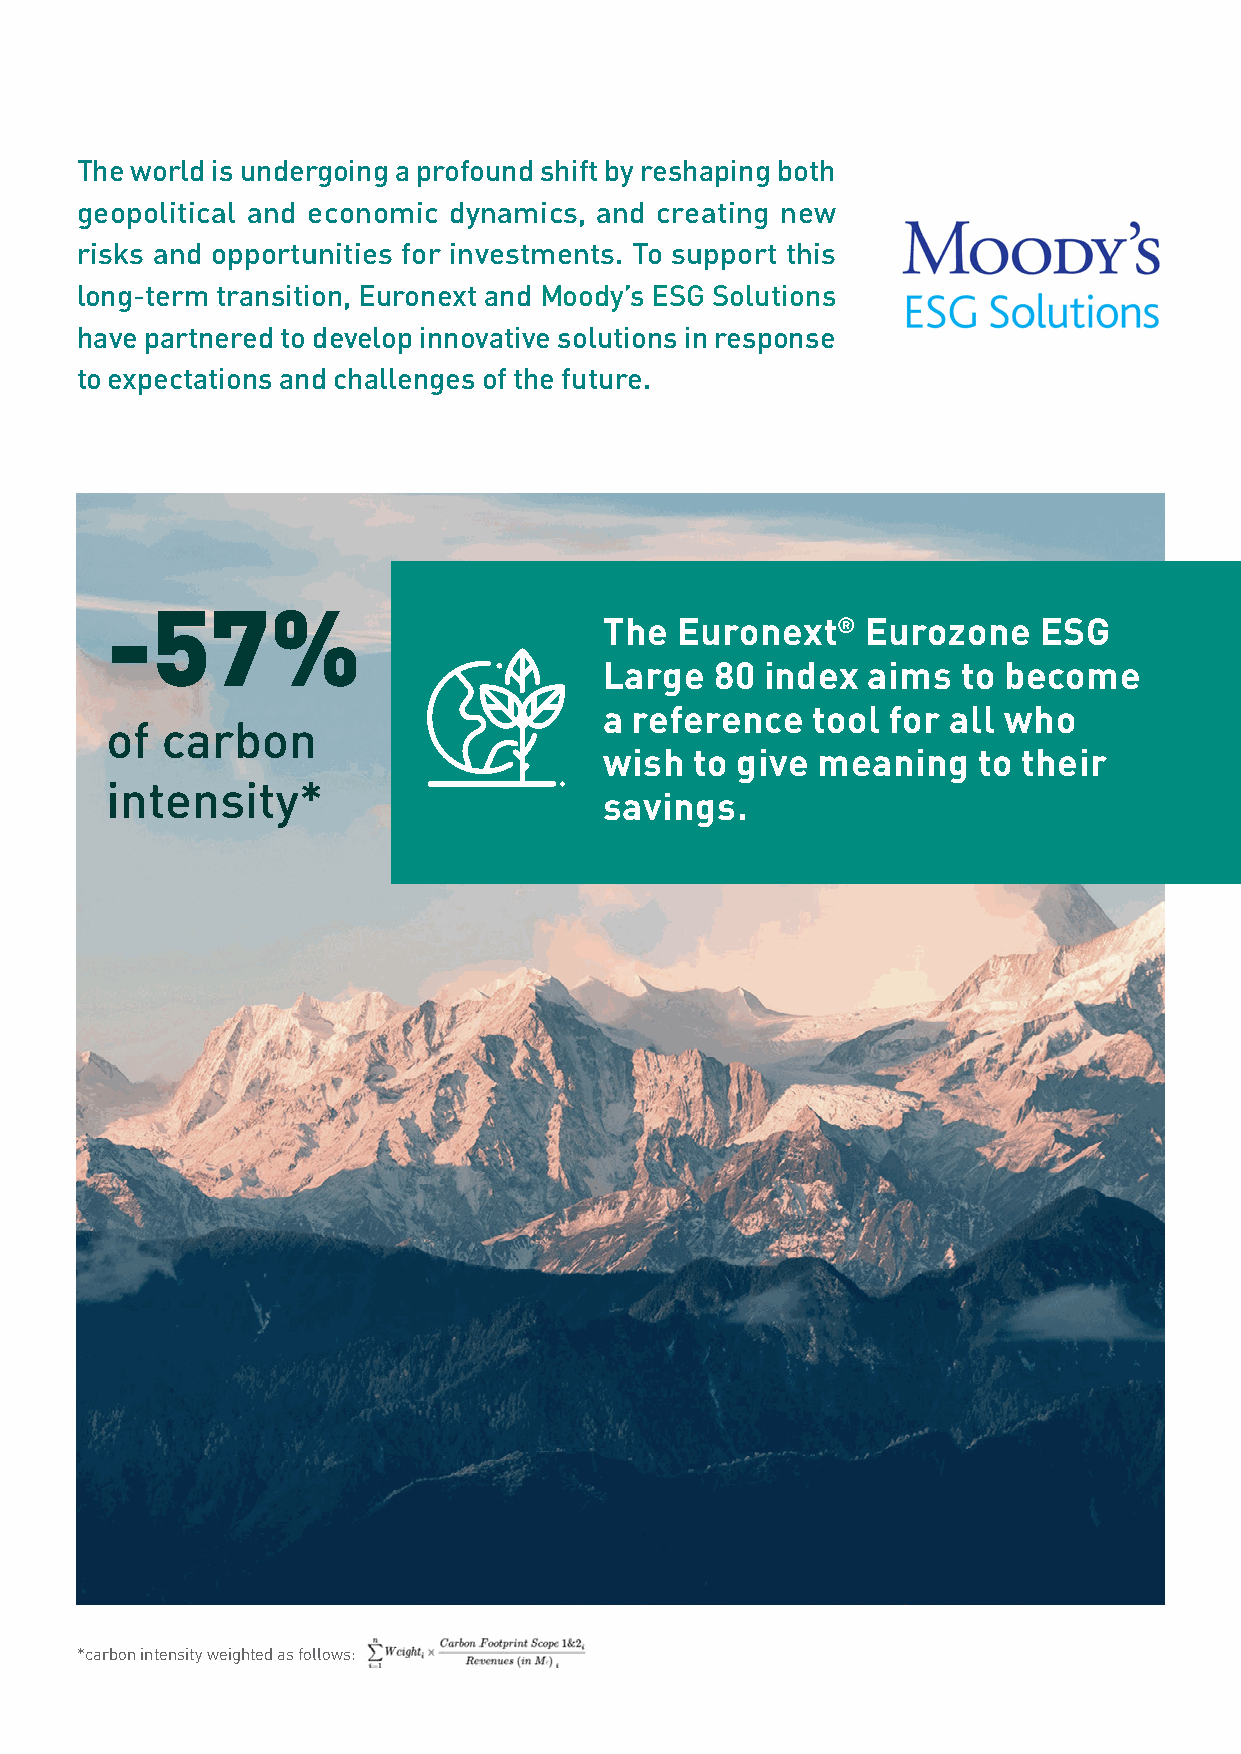
The world is undergoing a profound shift by reshaping both
 geopolitical and economic dynamics, and creating new
 risks and opportunities for investments. To support this
 long-term transition, Euronext and Moody’s ESG Solutions
 have partnered to develop innovative solutions in response
 to expectations and challenges of the future.
 -57%
 The  Euronext®   Eurozone    ESG
 Large  80 index  aims   to become
 a reference   tool for all who
 of  carbon
 wish  to give meaning    to their
 intensity*
 savings.
 *carbon intensity weighted as follows: